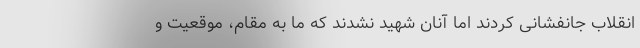
انقلاب جانفشانی کردند اما آنان شهید نشدند که ما به مقام، موقعیت و